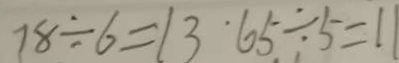
7 8 \div 6 = 1 3 6 5 \div 5 = 1 1